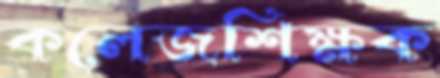
কলেজশিক্ষক